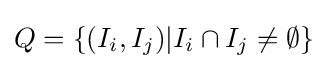
Q=\{(I_{i},I_{j})|I_{i}\cap I_{j}\neq \emptyset \}